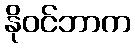
နိုဝင်ဘာက